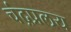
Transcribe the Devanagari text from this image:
चंद्रप्रलय